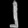
Digit: ၂